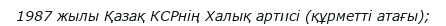
1987 жылы Қазақ КСРнің Халық артисі (құрметті атағы);